Statistical return of the lunatic asylum in Assam - 1912-1932
Year: 1912
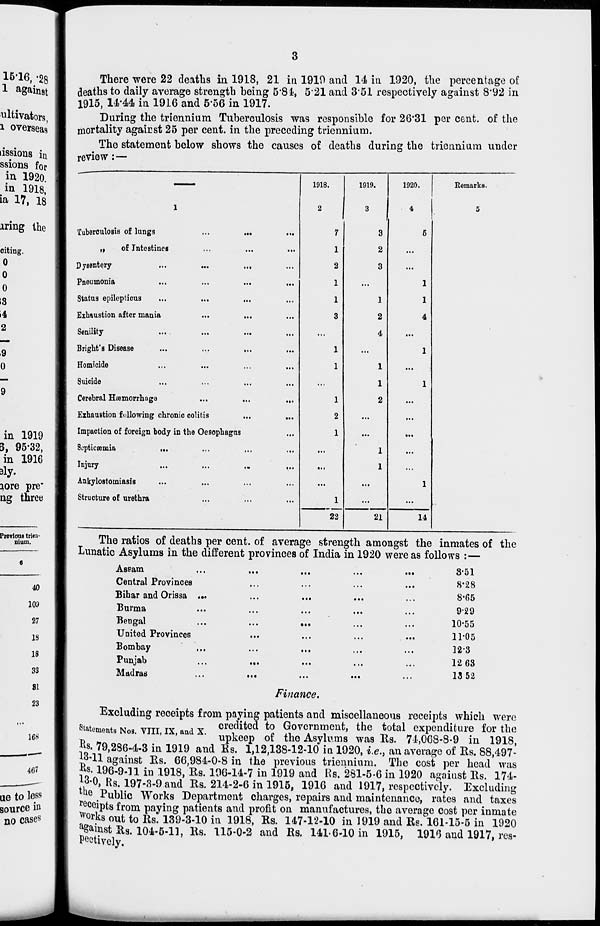
There were 22 deaths in 1918, 21 in 1919 and 14 in 1920, the percentage of
deaths to daily average strength being 5*84, 5*21 and 3'51 respectively against 8*92 in
1915, 1444 in 1916 and 556 in 1917.
During the triennium Tuberculosis was responsible for 26*31 per cent, of the
mortality against 25 per cent, in the preceding triennium.
The statement below shows the causes of deaths during the triennium under
review : —
Tuberculosis of lungs
...
.
„
of Intestines
Dysentery
...
...
.
Pneumonia
...
...
•
Status epilepticus
...
...
,
Exhaustion after mania
Senility
...
Bright's Disease
Homicide
Suicide
Cerebral Haemorrhage
Exhaustion following chronic colitis
Impaction of foreign body in the Oesophagus
Septicaemia
...
Injury
Ankylostomiasis
Structure of urethra
1918.
1919.
1920.
3
2
3
1
2
1
22
Remarks.
21
14
The ratios of deaths per cent, of average strength amongst the inmates of the
Lunatic Asylums in the different provinces of India in 1920 were as follows : —
Assam
Central Provinces
Bihar and Orissa
Burma
Bengal
United Provinces
Bombay
Punjab
Madras
8-51
8-28
8-65
929
10-55
11-05
12-3
12 63
13 52
Finance.
Excluding receipts from paying patients and miscellaneous receipts which were
Statements Nos VIII IX and X credited to Government, the total expenditure for the
ments Nos. VIII, IX, and X. upteep Q{ ^ Asylumg wag Rg 7-4,068-8-9 in 1918,
Us. 79,286-4-3 in 1919 and Es. 1,12,138-12-10 in 1920, i.e., an average of Rs. 88,497-
13-11 against Es. 66,984-0-8 in the previous triennium. The cost per head was
Us. 196-9-11 in 1918, Es. 196-14-7 in 1919 and Rs. 281-5-6 in 1920 against Es. 174-
J-H Rs. 197-3-9 and Es. 214-2-6 in 1915, 1916 and 1917, respectively. Excluding
tue Public Works Department charges, repairs and maintenance, rates and taxes
re ceipts from paying patients and profit on manufactures, the average cost per inmate
*orks out to Es. 139-3-10 in 1918, Es. 147-12-10 in 1919 and Es. 161-15-5 in 1920
a ganist Es. 104-5-11, Es. 115-0-2 and Es, 141-6-10 in 1915, 1916 and 1917, res-
pectively.